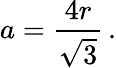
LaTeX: a={\frac{4r}{\sqrt{3}}}\, .